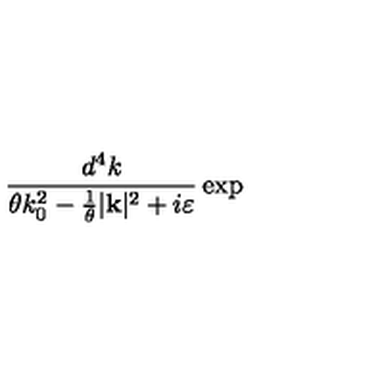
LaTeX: \frac { d ^ { 4 } k } { \theta k _ { 0 } ^ { 2 } - \frac { 1 } { \theta } | \mathbf { k } | ^ { 2 } + i \varepsilon } \exp